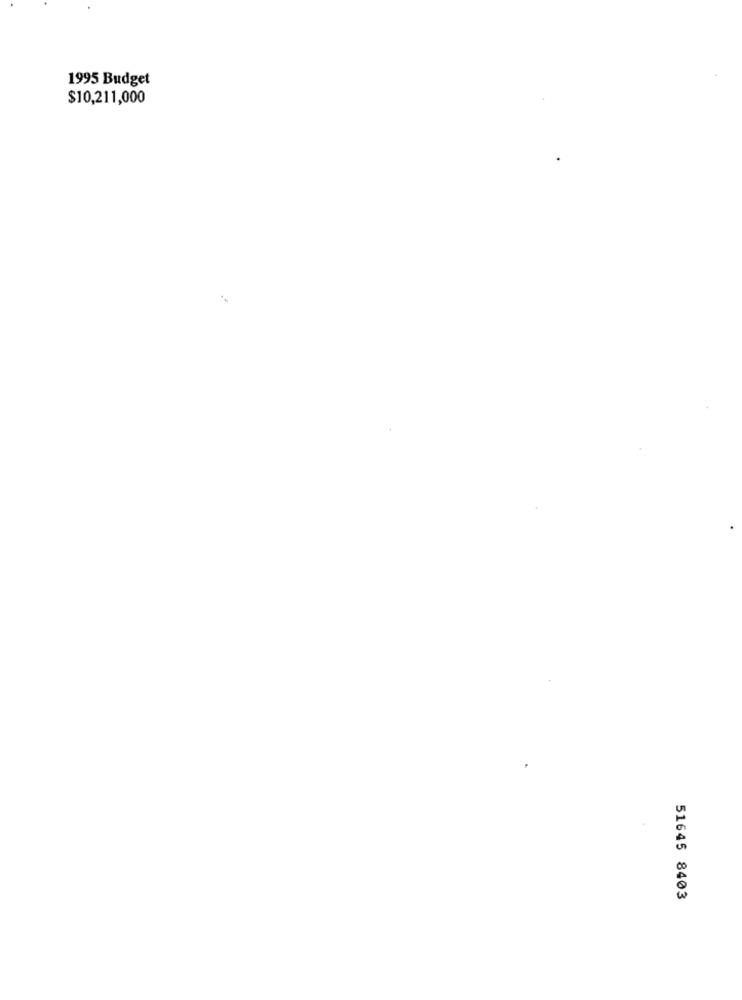
1995 Budget
$10,211,000
51645 8403